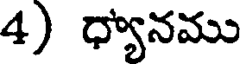
4) ధ్యానము